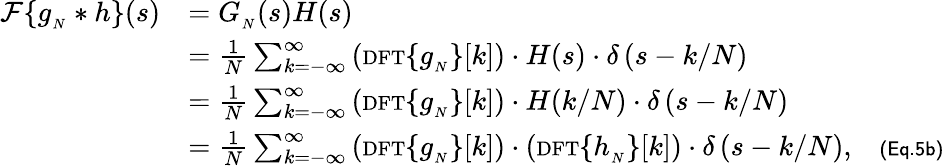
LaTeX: {\begin{array}{rl}{{\mathcal{F}}\{ g_{_{N}}*h\} (s)}&{=G_{_{N}}(s)H(s)}\\ &{={\frac{1}{N}}\sum_{k=-\infty}^{\infty}\left({\scriptstyle\mathrm{{DFT}}}\{ g_{_{N}}\} [k]\right)\cdot H(s)\cdot\delta\left(s-k/N\right)}\\ &{={\frac{1}{N}}\sum_{k=-\infty}^{\infty}\left({\scriptstyle\mathrm{{DFT}}}\{ g_{_{N}}\} [k]\right)\cdot H(k/N)\cdot\delta\left(s-k/N\right)}\\ &{={\frac{1}{N}}\sum_{k=-\infty}^{\infty}\left({\scriptstyle\mathrm{{DFT}}}\{ g_{_{N}}\} [k]\right)\cdot\left({\scriptstyle\mathrm{{DFT}}}\{ h_{_{N}}\} [k]\right)\cdot\delta\left(s-k/N\right),\quad\scriptstyle{\mathsf{(Eq.5b)}}}\end{array}}